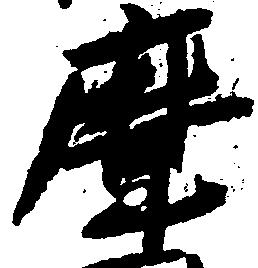
摩